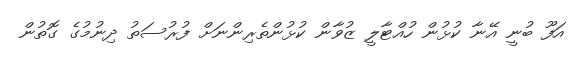
އަފޫ ބުނީ އޭނާ ކުޅުން ހުއްޓާލީ ޒުވާން ކުޅުންތެރިންނަށް ފުރުސަތު ދިނުމުގެ ގޮތުން